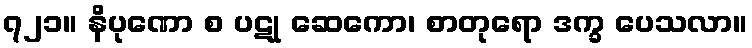
၇၂၁။ နိပုဏော စ ပဋု ဆေကော၊ စာတုရော ဒက္ခ ပေသလာ။